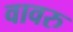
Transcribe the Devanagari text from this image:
वावरु